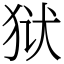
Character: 狱